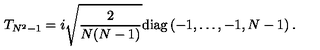
T _ { N ^ { 2 } - 1 } = i \sqrt { \frac { 2 } { N ( N - 1 ) } } \mathrm { d i a g } \left( - 1 , \dots , - 1 , N - 1 \right) .